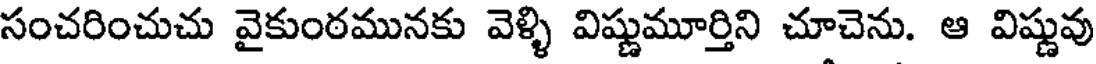
సంచరించుచు వైకుంఠమునకు వెళ్ళి విష్ణుమూర్తిని చూచెను. ఆ విష్ణువు